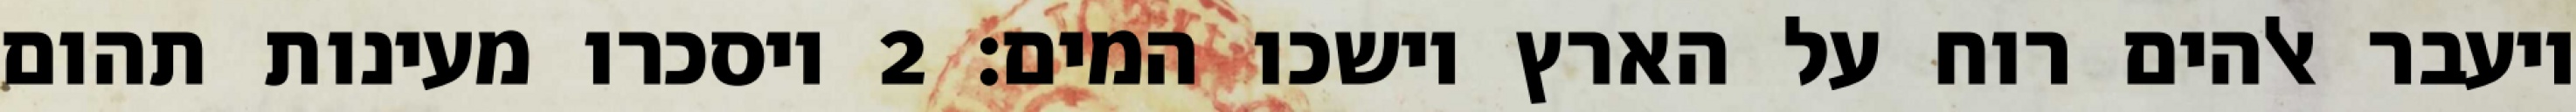
ויעבר אלהים רוח על הארץ וישכו המים׃ ‎2‏ ויסכרו מעינות תהום